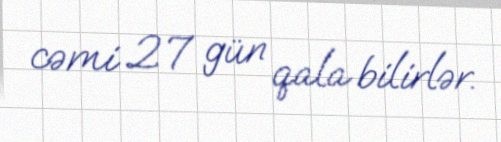
cəmi 27 gün qala bilirlər.